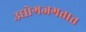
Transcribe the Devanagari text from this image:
उद्योगजगतात